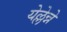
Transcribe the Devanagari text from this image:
येल्लेन्ने